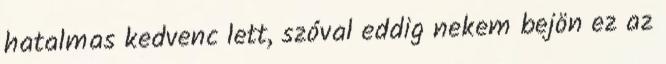
hatalmas kedvenc lett, szóval eddig nekem bejön ez az